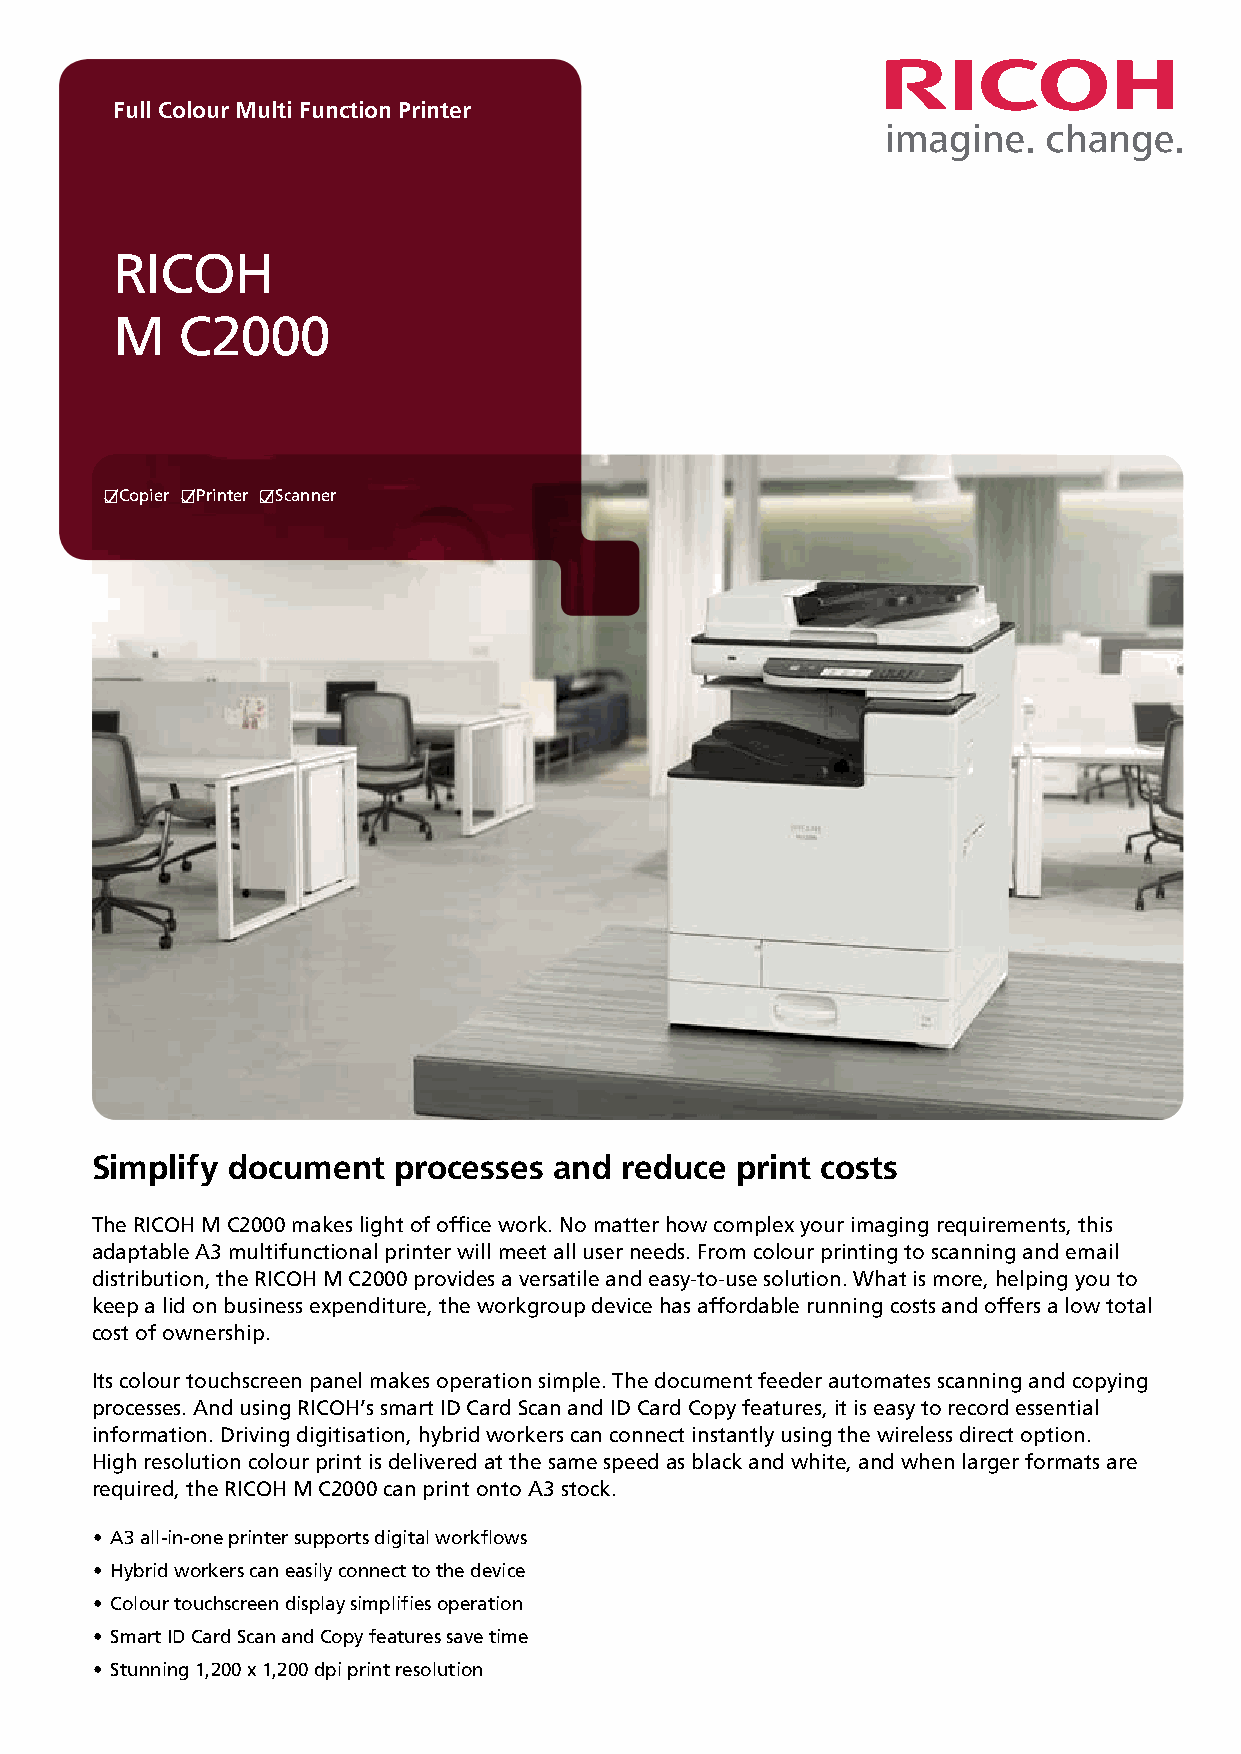
Full Colour Multi Function Printer
 RICOH
 M    C2000
 Copier Printer Scanner
 Simplify document   processes  and reduce  print costs
 The RICOH M C2000 makes light of office work. No matter how complex your imaging requirements, this
 adaptable A3 multifunctional printer will meet all user needs. From colour printing to scanning and email
 distribution, the RICOH M C2000 provides a versatile and easy-to-use solution. What is more, helping you to
 keep a lid on business expenditure, the workgroup device has affordable running costs and offers a low total
 cost of ownership.
 Its colour touchscreen panel makes operation simple. The document feeder automates scanning and copying
 processes. And using RICOH’s smart ID Card Scan and ID Card Copy features, it is easy to record essential
 information. Driving digitisation, hybrid workers can connect instantly using the wireless direct option.
 High resolution colour print is delivered at the same speed as black and white, and when larger formats are
 required, the RICOH M C2000 can print onto A3 stock.
 • A3 all-in-one printer supports digital workflows
 • Hybrid workers can easily connect to the device
 • Colour touchscreen display simplifies operation
 • Smart ID Card Scan and Copy features save time
 • Stunning 1,200 x 1,200 dpi print resolution